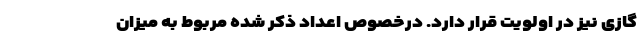
گازی نیز در اولویت قرار دارد. درخصوص اعداد ذکر شده مربوط به میزان